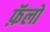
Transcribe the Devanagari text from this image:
फ़ॅलो